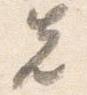
先